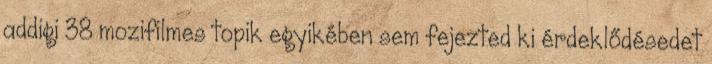
addigi 38 mozifilmes topik egyikében sem fejezted ki érdeklődésedet